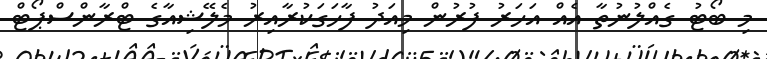
މި ބޯޓު ގެއްލުނުތާ އެއް އަހަރު ފުރުން މިއަދު ފާހަގަކުރާއިރު މެލޭޝިއާގެ ޓްރާންސްޕޯޓް